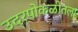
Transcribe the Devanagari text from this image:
उदरपोकळीतला